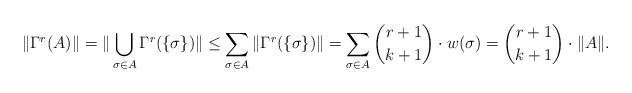
LaTeX: \begin{align*}\|\Gamma^r(A)\| = \|\bigcup_{\sigma \in A }\Gamma^r(\{\sigma\})\| \leq \sum_{\sigma \in A} \|\Gamma^r(\{\sigma\})\| = \sum_{\sigma \in A} {r+1 \choose k+1} \cdot w(\sigma) = {r+1 \choose k+1} \cdot \|A\|.\end{align*}